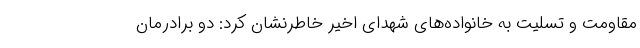
مقاومت و تسلیت به خانواده‌های شهدای اخیر خاطرنشان کرد: دو برادرمان